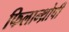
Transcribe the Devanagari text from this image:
फिलान्थ्रोपी